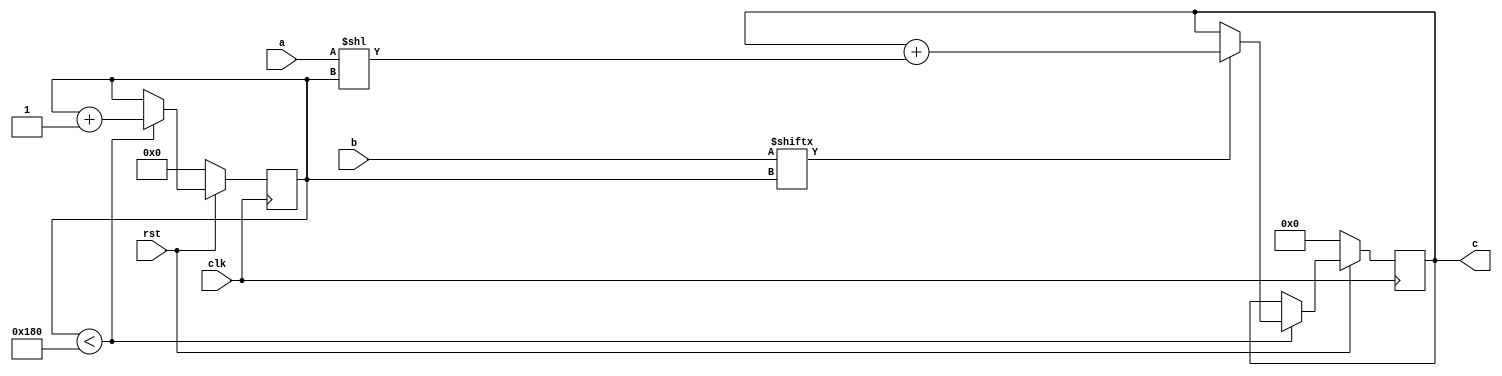
// TalTech large integer multiplier library
// Multiplier type: schoolbook
// Parameters: 384 384 1
// Target tool: genus
module schoolbook(clk, rst, a, b, c);
input clk;
input rst;
input [383:0] a;
input [383:0] b;
output reg [767:0] c;

// no pipeline vars
reg  [8:0] count;

always @(posedge clk) begin
	if (rst == 1'b0) begin
		c <= 768'd0;
		count <= 9'd0;
	end
	else begin
		if (count < 384) begin
			if (b[count] == 1) begin
				c <= c + (a << count);
			end
			count <= count + 1;
		end
	end
end
endmodule